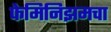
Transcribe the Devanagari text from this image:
फेमिनिझमचा